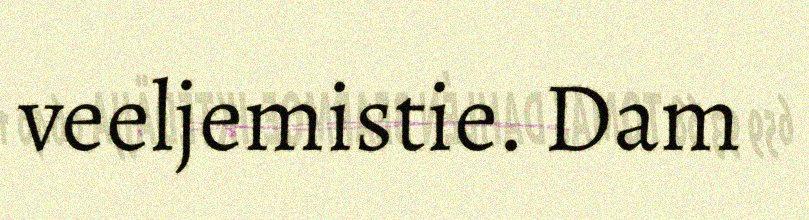
veeljemistie. Dam